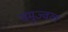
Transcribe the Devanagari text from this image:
समुज्वल